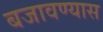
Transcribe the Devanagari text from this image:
बजावण्यास